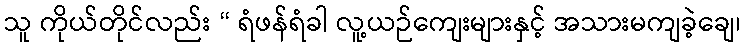
သူ ကိုယ်တိုင်လည်း “ ရံဖန်ရံခါ လူ့ယဉ်ကျေးများနှင့် အသားမကျခဲ့ချေ၊